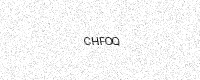
Text: CHFOQ